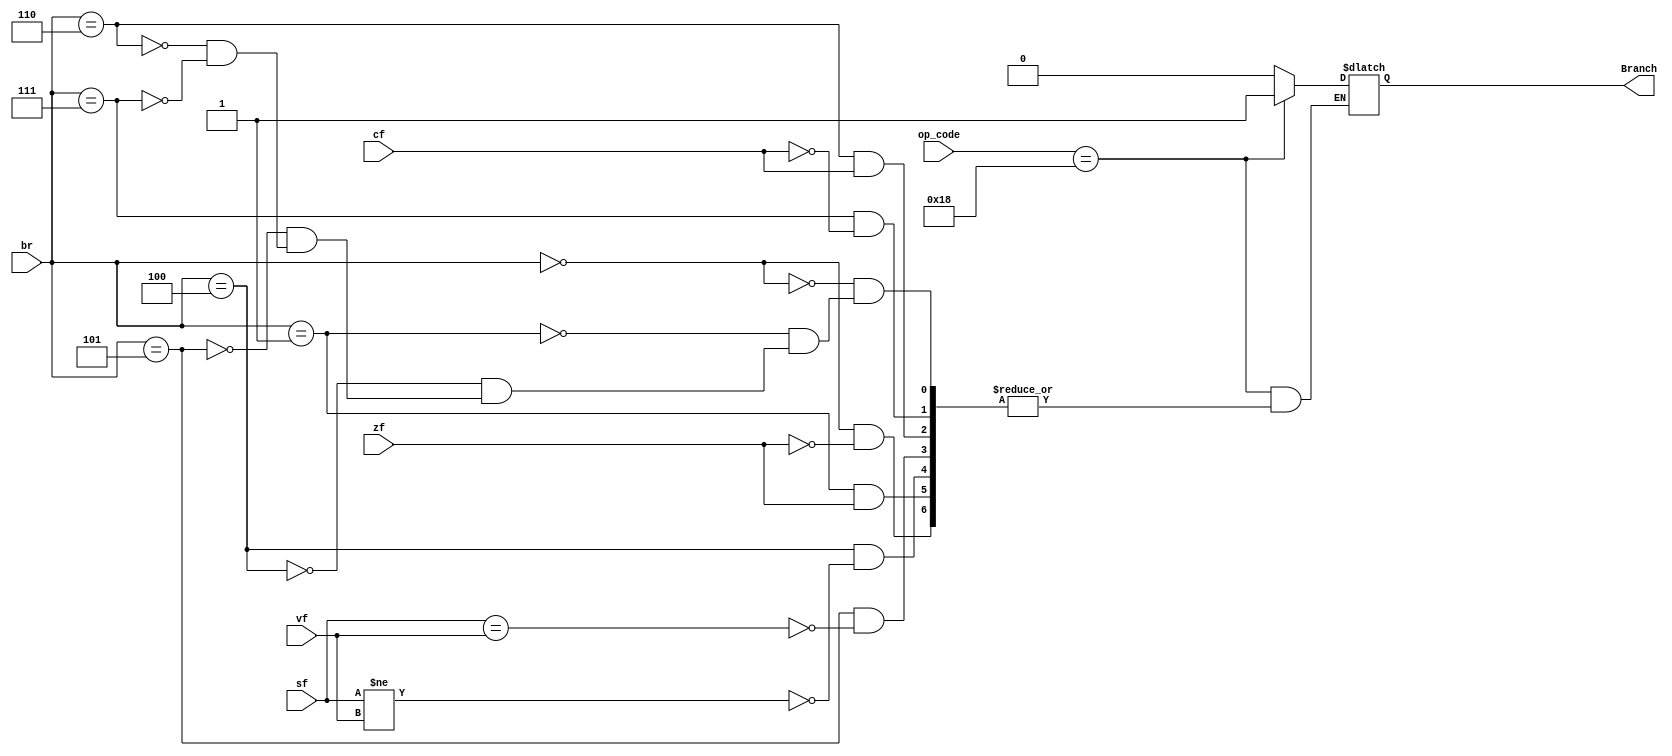
module BranchUnit (input [4:0] op_code, input [2:0] br, input cf, zf, vf, sf, output reg Branch);

always @(*) begin
if(op_code==5'b11000)begin
  case (br)
  3'b000: // BEQ
  if (zf)
  begin
    Branch <= 1;
  end
  3'b001: //BNE
    if (~zf)
    begin
    Branch <= 1;
    end
  3'b100: // BLT
    if (sf!=vf)
    begin
    Branch <= 1;
    end
  3'b101: // BGE
    if (sf==vf)
    begin
    Branch <= 1;
    end
  3'b110: // BLTU
    if (~cf)
    begin
    Branch <= 1;
    end
  3'b111: // BGEU
    if (cf)
    begin
    Branch <= 1;
    end
  endcase
end
else begin
    Branch <= 0;
end
end



endmodule